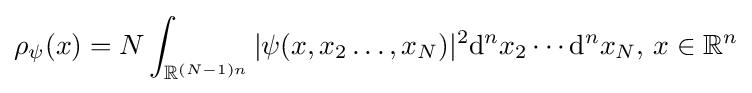
\rho _{\psi }(x)=N\int _{\mathbb {R} ^{(N-1)n}}|\psi (x,x_{2}\dots ,x_{N})|^{2}\mathrm {d} ^{n}x_{2}\cdots \mathrm {d} ^{n}x_{N},\,x\in \mathbb {R} ^{n}